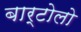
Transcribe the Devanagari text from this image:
बार्टोलो